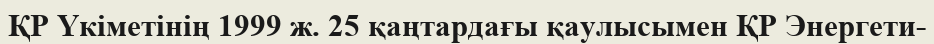
ҚР Үкіметінің 1999 ж. 25 қаңтардағы қаулысымен ҚР Энергети-